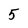
Character: 5